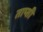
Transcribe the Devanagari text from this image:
ताप्सी